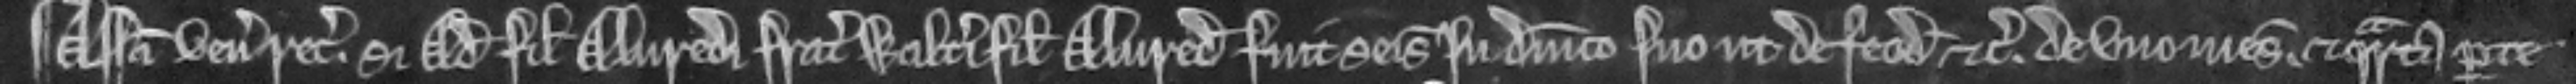
¶ Assisa venit recognitura. si Adam filius Alvredi frater Walteri fili Alvredi fuit seisitus in dominico suo ut de feodo etc. de uno mesuagio. et quarta parte